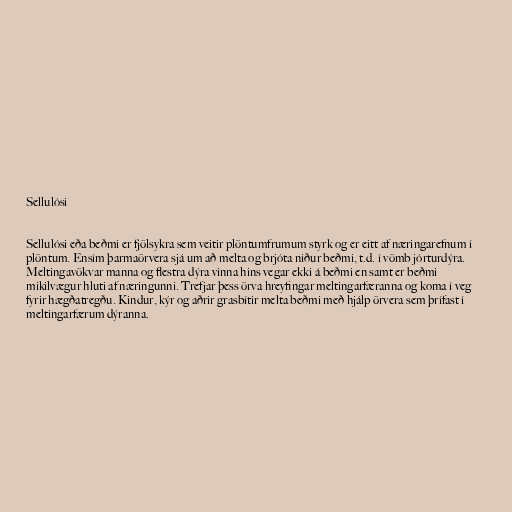
Sellulósi

Sellulósi eða beðmi er fjölsykra sem veitir plöntumfrumum styrk og er eitt af næringarefnum í
plöntum. Ensím þarmaörvera sjá um að melta og brjóta niður beðmi, t.d. í vömb jórturdýra.
Meltingavökvar manna og flestra dýra vinna hins vegar ekki á beðmi en samt er beðmi
mikilvægur hluti af næringunni. Trefjar þess örva hreyfingar meltingarfæranna og koma í veg
fyrir hægðatregðu. Kindur, kýr og aðrir grasbítir melta beðmi með hjálp örvera sem þrífast í
meltingarfærum dýranna.